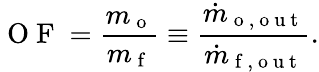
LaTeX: \mathrm{~O~F~}=\frac{m_{\mathrm{~o~}}}{m_{\mathrm{~f~}}}\equiv\frac{\dot{m}_{\mathrm{~o~,~o~u~t~}}}{\dot{m}_{\mathrm{~f~,~o~u~t~}}}.